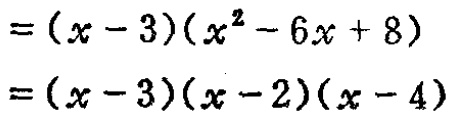
\[
\begin{align*}
&=(x - 3)(x^{2}-6x + 8)\\
&=(x - 3)(x - 2)(x - 4)
\end{align*}
\]